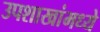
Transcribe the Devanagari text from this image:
उपशाखांमध्ये